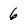
Character: 6